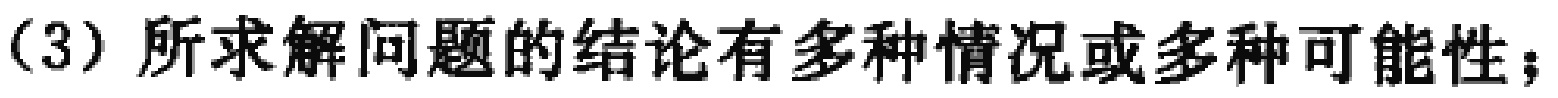
(3) 所求解问题的结论有多种情况或多种可能性；